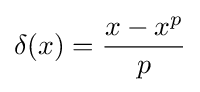
\delta (x)={\frac {x-x^{p}}{p}}